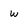
Character: w